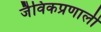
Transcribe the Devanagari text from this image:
जैविकप्रणाली